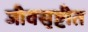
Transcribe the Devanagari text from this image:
जीवसृष्टीत